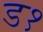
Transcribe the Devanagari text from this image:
ड१